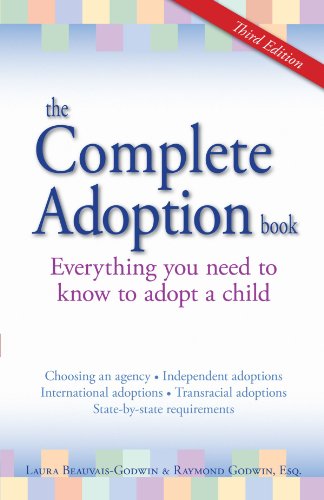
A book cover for The Complete Adoption Book: Everything You Need to Know to Adopt a Child; Laura Beauvais-Godwin; Parenting & Relationships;